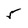
Character: 5